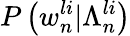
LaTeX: P\left(w_{n}^{li}|\Lambda_{n}^{li}\right)